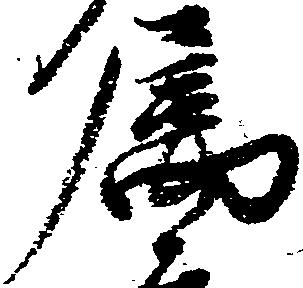
属